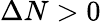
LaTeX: \Delta N>0